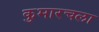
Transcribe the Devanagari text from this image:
कुमारचला